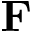
\mathbf { F }